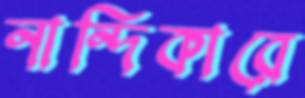
নান্দিকারে